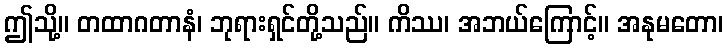
ဤသို့။ တထာဂတာနံ၊ ဘုရားရှင်တို့သည်။ ကိဿ၊ အဘယ်ကြောင့်။ အနုမတော၊